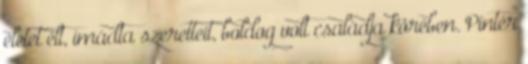
életet élt, imádta szeretteit, boldog volt családja körében. Pintér